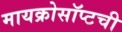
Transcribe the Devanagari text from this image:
मायक्रोसॉप्टची